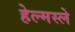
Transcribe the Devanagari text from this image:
हेल्मस्ले